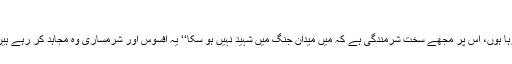
خونِ دل دے کے نکھاریں گے رخ ِ برگ ِ گلاب
’’میں ایک اونٹ کی طرح ایک بستر پر جان دے رہا ہوں، اس پر مجھے سخت شرمندگی ہے کہ میں میدان جنگ میں شہید نہیں ہو سکا‘‘ یہ افسوس اور شرمساری وہ مجاہد کر رہے ہیں جنہیں اللہ کے رسولؐ نے ’’سیف اللہ‘‘ کا لقب دیا۔